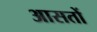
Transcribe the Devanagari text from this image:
आसतों